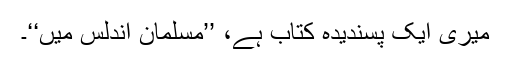
میری ایک پسندیدہ کتاب ہے، ’’مسلمان اندلس میں‘‘۔